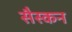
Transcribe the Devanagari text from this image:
सैस्कन